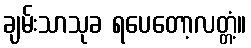
ချမ်းသာသုခ ရပေတော့လတ္တံ့။